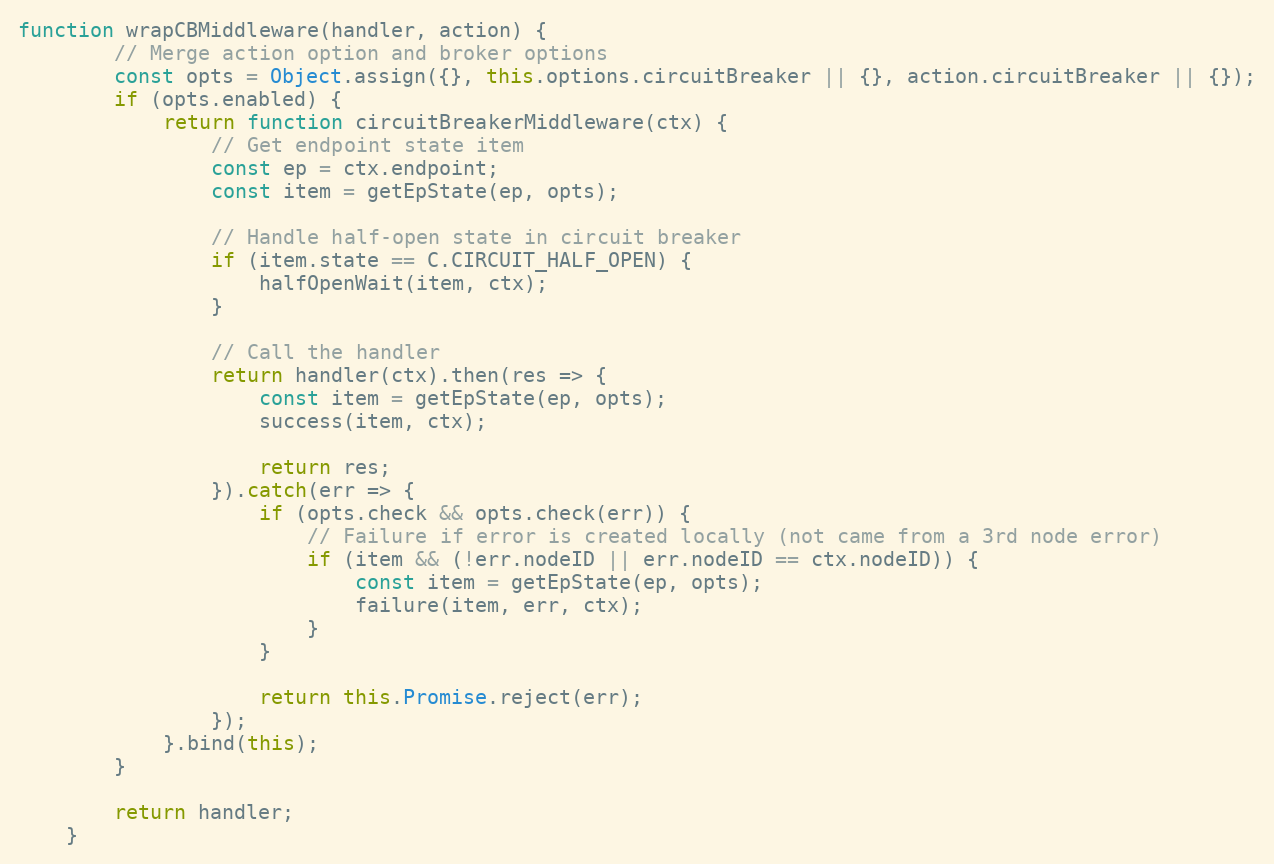
Language: JavaScript
function wrapCBMiddleware(handler, action) {
		// Merge action option and broker options
		const opts = Object.assign({}, this.options.circuitBreaker || {}, action.circuitBreaker || {});
		if (opts.enabled) {
			return function circuitBreakerMiddleware(ctx) {
				// Get endpoint state item
				const ep = ctx.endpoint;
				const item = getEpState(ep, opts);

				// Handle half-open state in circuit breaker
				if (item.state == C.CIRCUIT_HALF_OPEN) {
					halfOpenWait(item, ctx);
				}

				// Call the handler
				return handler(ctx).then(res => {
					const item = getEpState(ep, opts);
					success(item, ctx);

					return res;
				}).catch(err => {
					if (opts.check && opts.check(err)) {
						// Failure if error is created locally (not came from a 3rd node error)
						if (item && (!err.nodeID || err.nodeID == ctx.nodeID)) {
							const item = getEpState(ep, opts);
							failure(item, err, ctx);
						}
					}

					return this.Promise.reject(err);
				});
			}.bind(this);
		}

		return handler;
	}